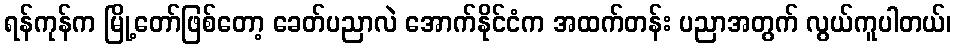
ရန်ကုန်က မြို့တော်ဖြစ်တော့ ခေတ်ပညာလဲ အောက်နိုင်ငံက အထက်တန်း ပညာအတွက် လွယ်ကူပါတယ်၊